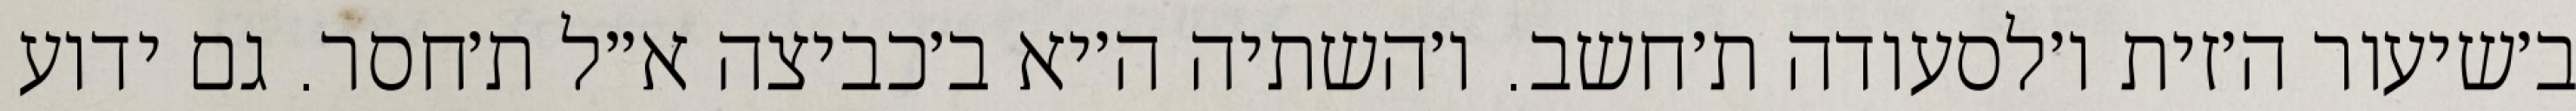
ב׳שיעור ה׳זית ו׳לסעודה ת׳חשב. ו׳השתיה ה׳יא ב׳כביצה א״ל ת׳חסר. גם ידוע